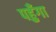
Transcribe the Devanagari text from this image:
पहुँगा